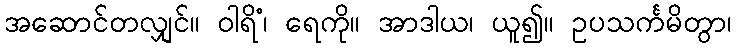
အဆောင်တလျှင်။ ဝါရိံ၊ ရေကို။ အာဒါယ၊ ယူ၍။ ဥပသင်္ကမိတွာ၊